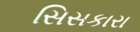
સિસકારા